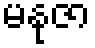
မနုဇာ